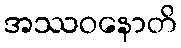
အဿဝနောတိ